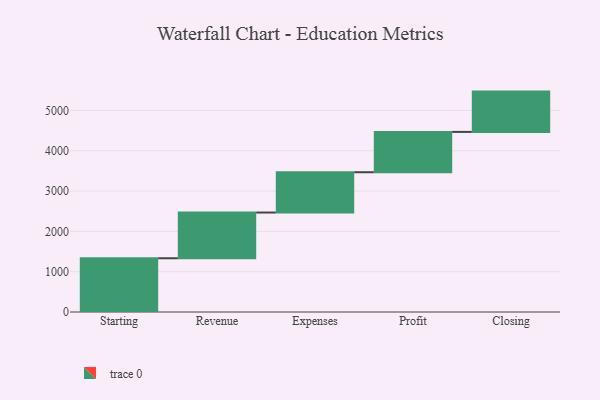
{"axis": {"x": "Step", "y": "Value"}, "legend": [""], "data": [{"x": "Starting", "y": 1333.0, "type": ""}, {"x": "Revenue", "y": 1134.0, "type": ""}, {"x": "Expenses", "y": 1000, "type": ""}, {"x": "Profit", "y": 1000, "type": ""}, {"x": "Closing", "y": 1000, "type": ""}]}